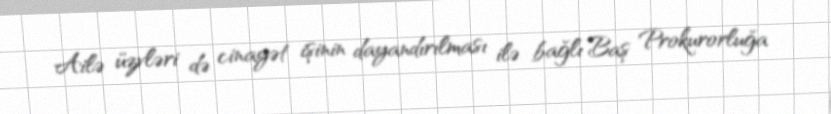
Ailə üzvləri də cinayət işinin dayandırılması ilə bağlı Baş Prokurorluğa